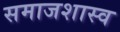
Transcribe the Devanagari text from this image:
समाजशास्व